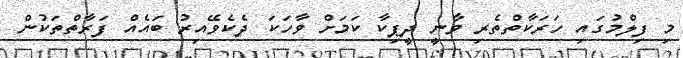
މި ފިލްމުގައި ހަރަކާތްތެރި ވާނީ ދީޕިކާ ކަމަށް ވާހަކަ ދެކެވޭއިރު ބައެއް ފަރާތްތަކުން